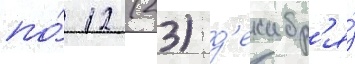
по́ 12 (23) д'екабр'я́